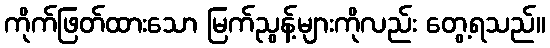
ကိုက်ဖြတ်ထားသော မြက်ညွန့်များကိုလည်း တွေ့ရသည်။